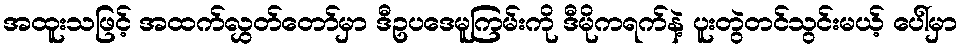
အထူးသဖြင့် အထက်လွှတ်တော်မှာ ဒီဥပဒေမူကြမ်းကို ဒီမိုကရက်နဲ့ ပူးတွဲတင်သွင်းမယ့် ပေါ်မှာ